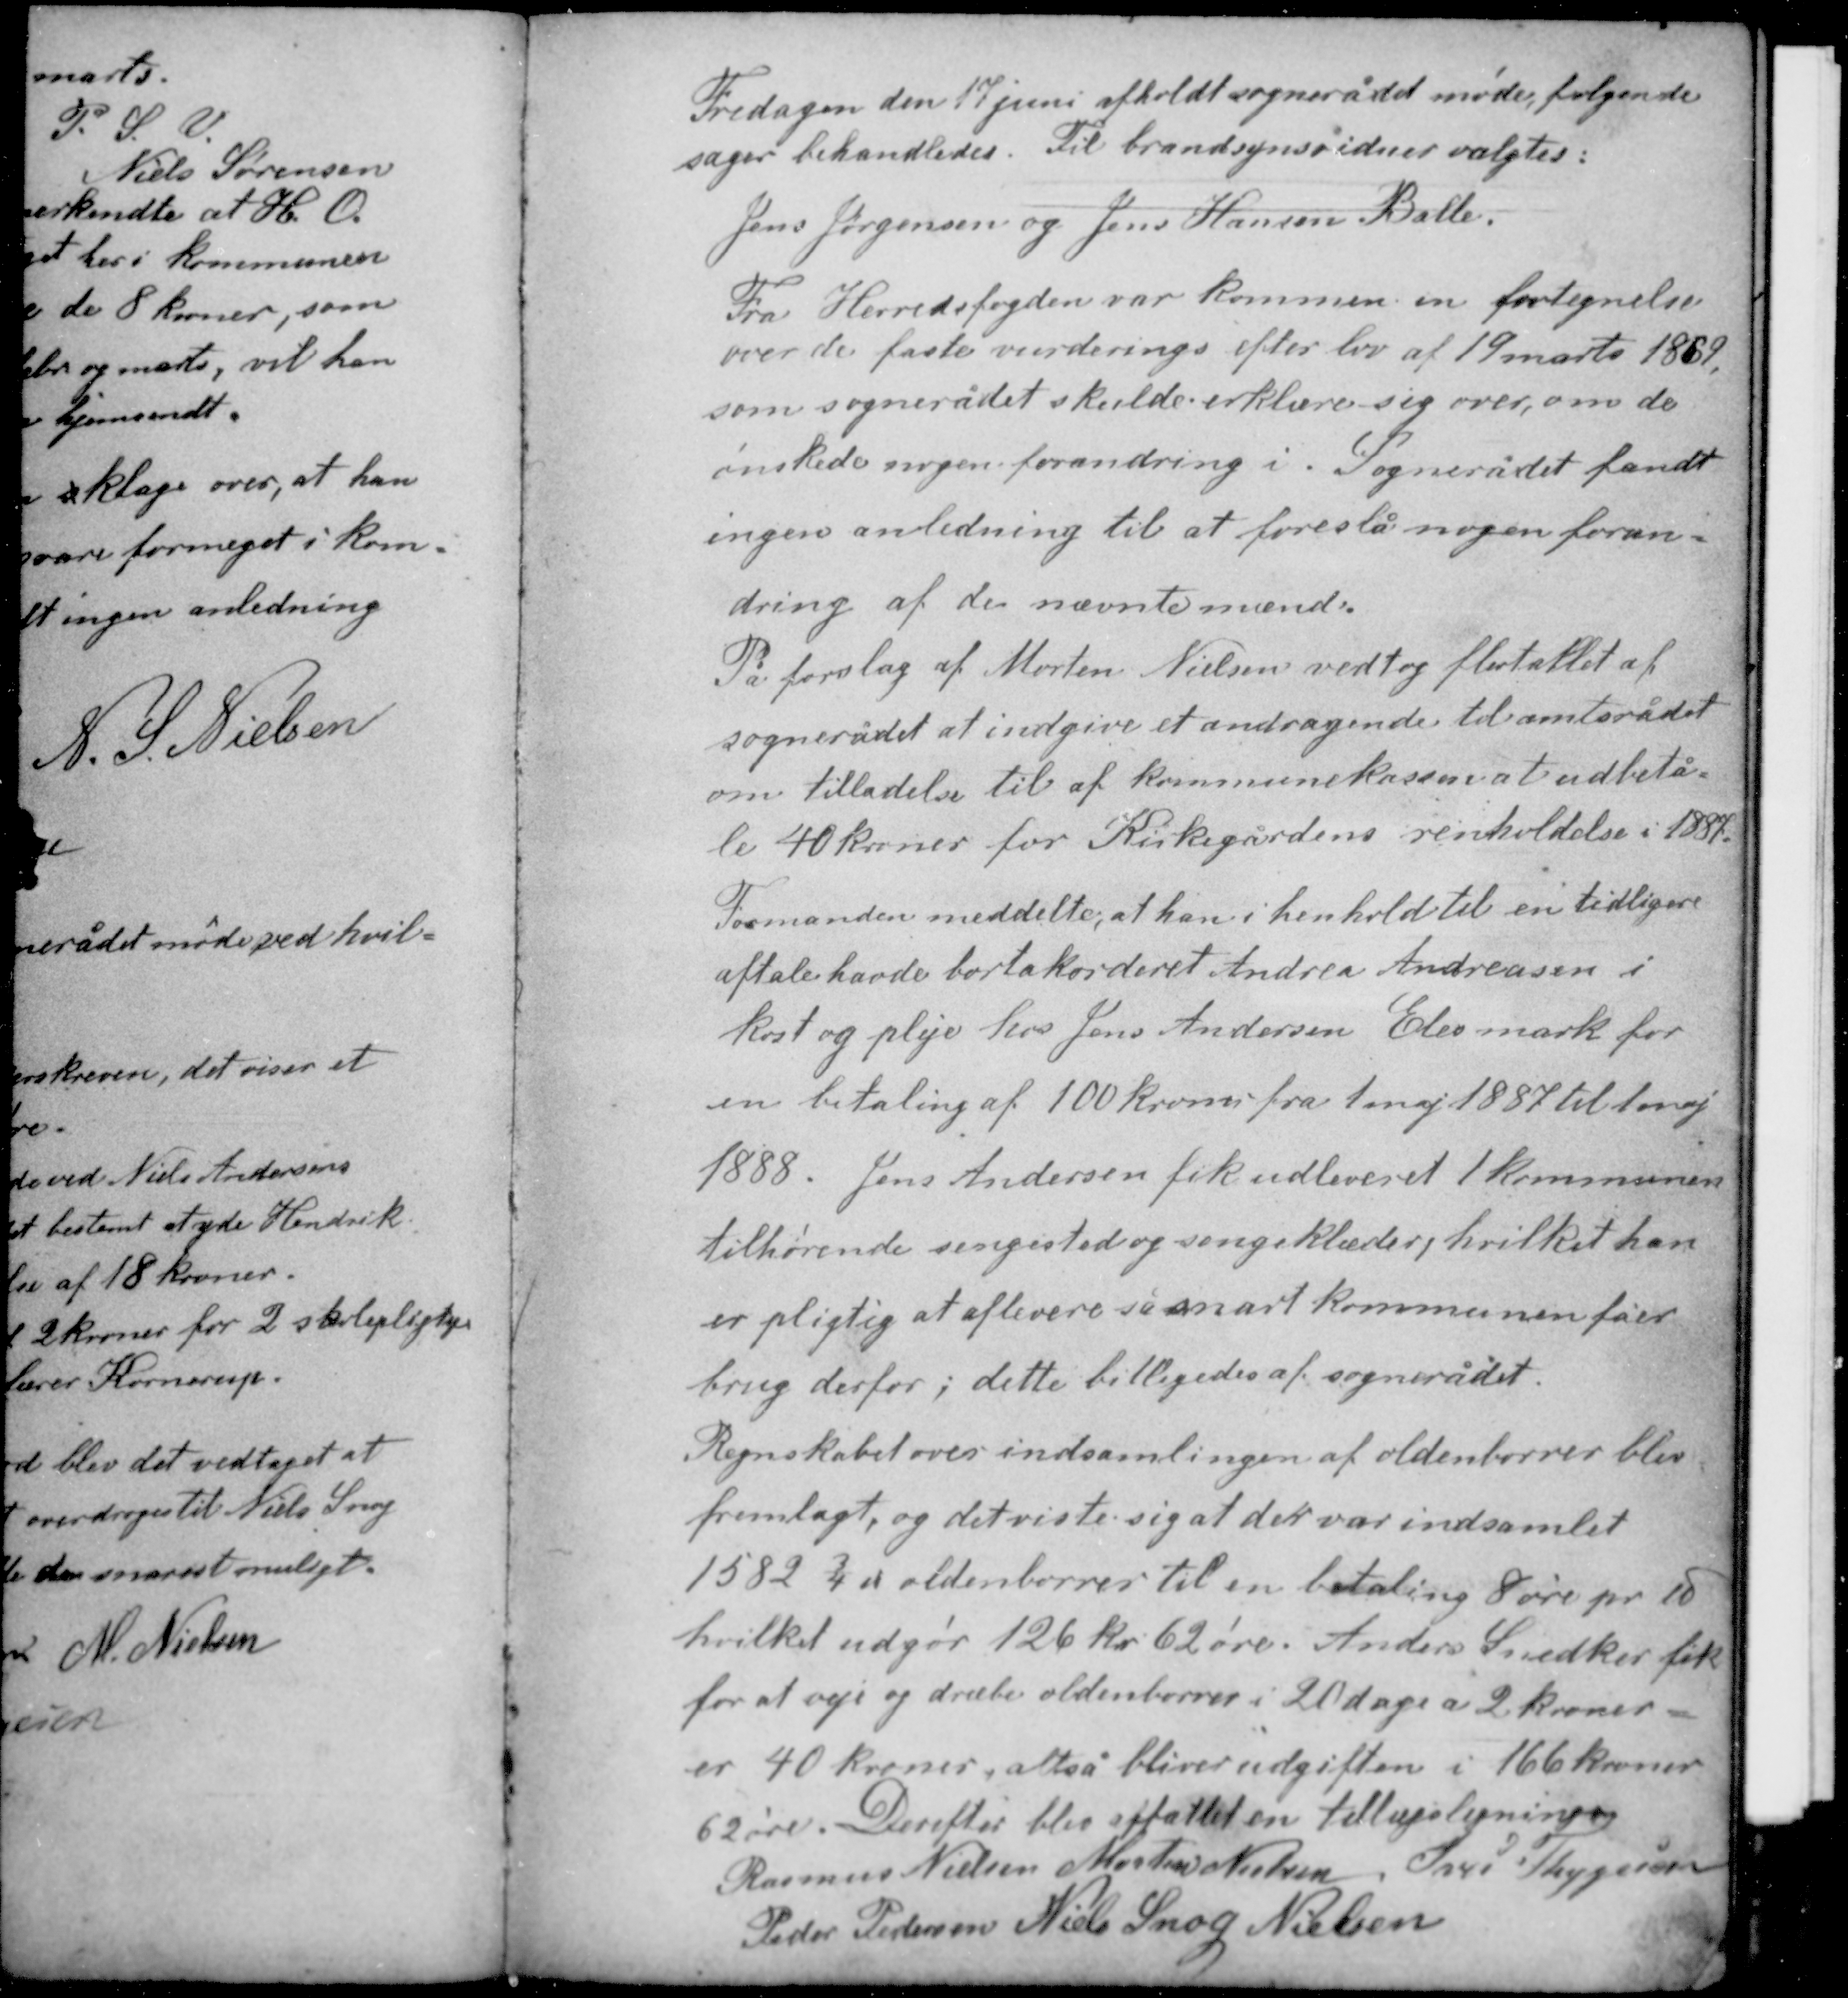
Transskription:
Fredagen den 17 juni afholdt sognerådet møde, følgende
sager behandledes. Til brandsynsvidner valgtes:
Jens Jørgensen og Jens Hansen Balle.

Fra Herredsfogden var kommen en fortegnelse
over de faste vurderings efter lov af 19 marts 1869,
som sognerådet skulde erklære sig over, om de
ønskede nogen forandring i. Sognerådet fandt
ingen anledning til at foreslå nogen foran-

dring af de nævnte mænd.
På forslag af Morten Nielsen vedtog flertallet af
sognerådet at indgive et andragende til amtsrådet
om tilladelse til af kommunekassen at udbeta-
le 40 kroner for Kirkegårdens renholdelse i 1887.

Formanden meddelte, at han i henhold til en tidligere
aftale havde bortakorderet Andrea Andreasen i
kost og pleje hos Jens Andersen Elev mark for
en betaling af 100 kroner fra 1 maj 1887 til 1 maj
1888. Jens Andersen fik udleveret 1 kommunen
tilhørende sengested og sengeklæder, hvilket han
er pligtig at aflevere så snart kommunen fåer
brug derfor; dette billigedes af sognerådet.

Regnskabet over indsamlingen af oldenborrer blev
fremlagt, og det viste sig at der var indsamlet
1582 ¾ ℔ oldenborrer til en betaling 8 ører pr ℔
hvilket udgør 126 kr 62 øre. Anders Snedker fik
for at veje og dræbe oldenborrer i 20 dage a 2 kroner
er 40 kroner, altså bliver udgiften i 166 kroner
62 øre. Derefter blev affattet en tillægsligning.
Rasmus Nielsen Morten Nielsen Iver Thygesen
Peder Pedersen Niels Snog Nielsen